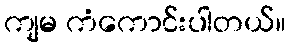
ကျမ ကံကောင်းပါတယ်။